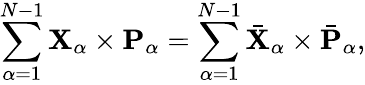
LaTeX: \sum_{\alpha=1}^{N-1}{\mathbf{X}}_{\alpha}\times{\mathbf{P}}_{\alpha}=\sum_{\alpha=1}^{N-1}\bar{\mathbf{X}}_{\alpha}\times\bar{\mathbf{P}}_{\alpha},